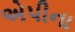
એપીના